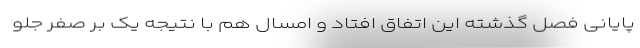
پایانی فصل گذشته این اتفاق افتاد و امسال هم با نتیجه یک بر صفر جلو